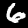
Digit: 6